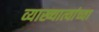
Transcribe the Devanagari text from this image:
व्याख्यात्यांच्या